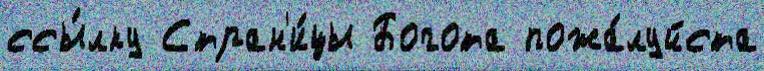
ссы́лку Стран'и́цы Богота пожа́луйста